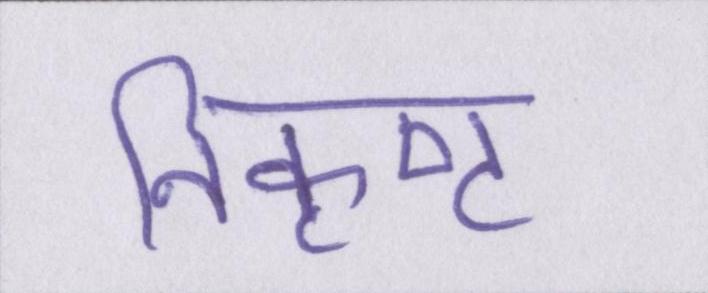
निकृष्ट